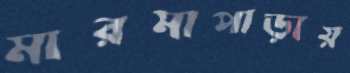
মারমাপাড়ায়